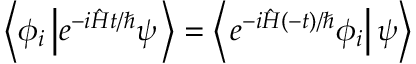
\left\langle \phi _ { i } \left| e ^ { - i { \hat { H } } t / \hbar } \psi \right. \right\rangle = \left\langle \left. e ^ { - i { \hat { H } } ( - t ) / \hbar } \phi _ { i } \right| \psi \right\rangle